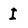
Character: I